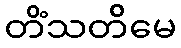
တိံသတိမေ